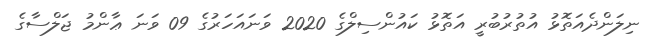
ނިލަންދެއަތޮޅު އުތުރުބުރީ އަތޮޅު ކައުންސިލްގެ 2020 ވަނައަހަރުގެ 09 ވަނަ ޢާންމު ޖަލްސާގެ